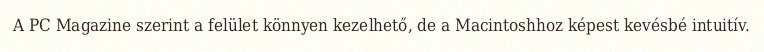
A PC Magazine szerint a felület könnyen kezelhető, de a Macintoshhoz képest kevésbé intuitív.